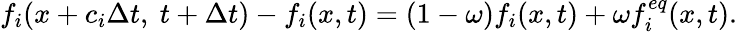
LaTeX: f_{i}(x+c_{i}\Delta t,~t+\Delta t)-f_{i}(x,t)=(1-\omega)f_{i}(x,t)+\omega f_{i}^{eq}(x,t).